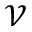
\mathcal { V }